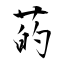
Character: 菂